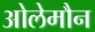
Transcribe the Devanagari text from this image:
ओलेमौन